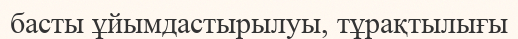
басты ұйымдастырылуы, тұрақтылығы